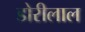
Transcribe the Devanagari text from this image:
डोरीलाल